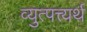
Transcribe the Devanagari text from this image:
व्युत्पत्त्यर्थ